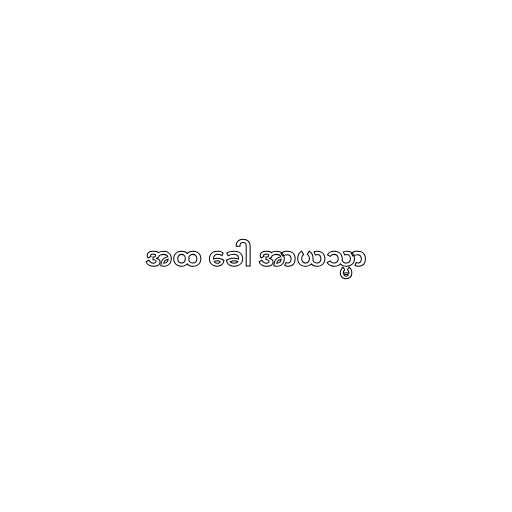
အထ ခေါ အာယသ္မာ